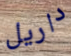
داريل